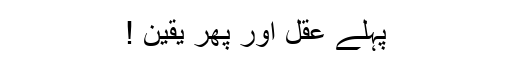
پہلے عقل اور پھر یقین !